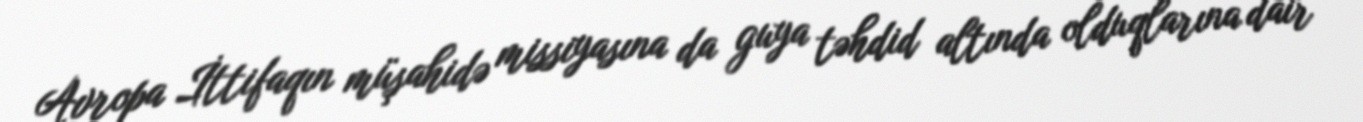
Avropa İttifaqın müşahidə missiyasına da guya təhdid altında olduqlarına dair